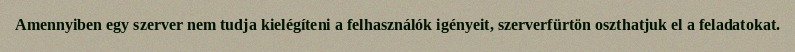
Amennyiben egy szerver nem tudja kielégíteni a felhasználók igényeit, szerverfürtön oszthatjuk el a feladatokat.